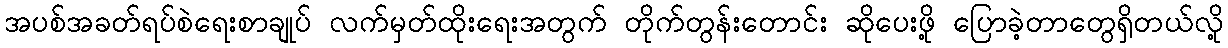
အပစ်အခတ်ရပ်စဲရေးစာချုပ် လက်မှတ်ထိုးရေးအတွက် တိုက်တွန်းတောင်း ဆိုပေးဖို့ ပြောခဲ့တာတွေရှိတယ်လို့